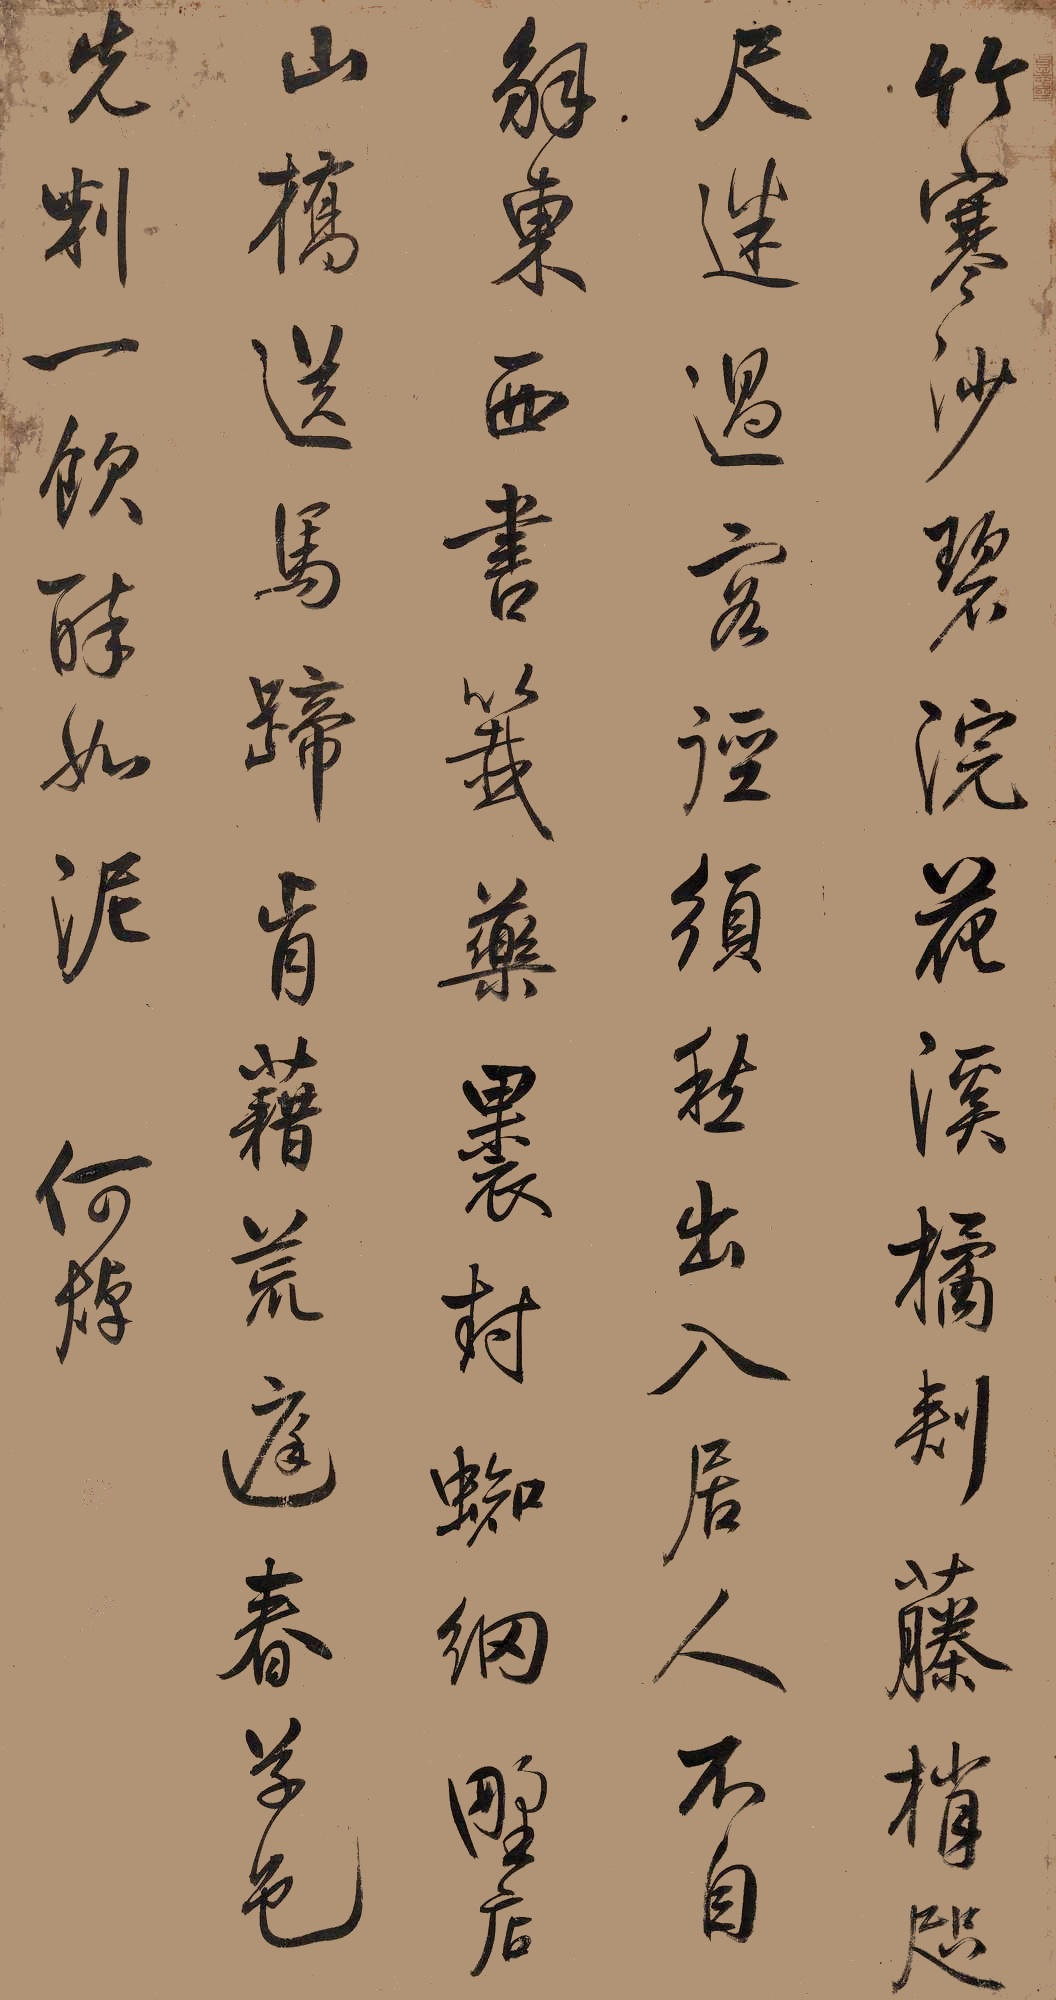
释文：竹寒沙碧浣花溪，橘刾藤梢咫尺迷。过客径须愁出入，居人不自解东西。书签药裹封蛛网，野店山桥送马蹄。肯藉荒庭春草色，先判一饮醉如泥。何焯。